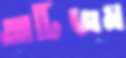
আটিজম